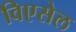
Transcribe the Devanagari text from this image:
विएसेल